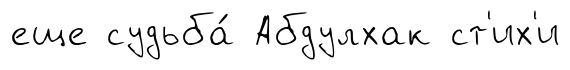
еще судьба́ Абдулхак ст'их'и